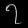
Digit: ၇